Leaving Certificate Examination, 1903
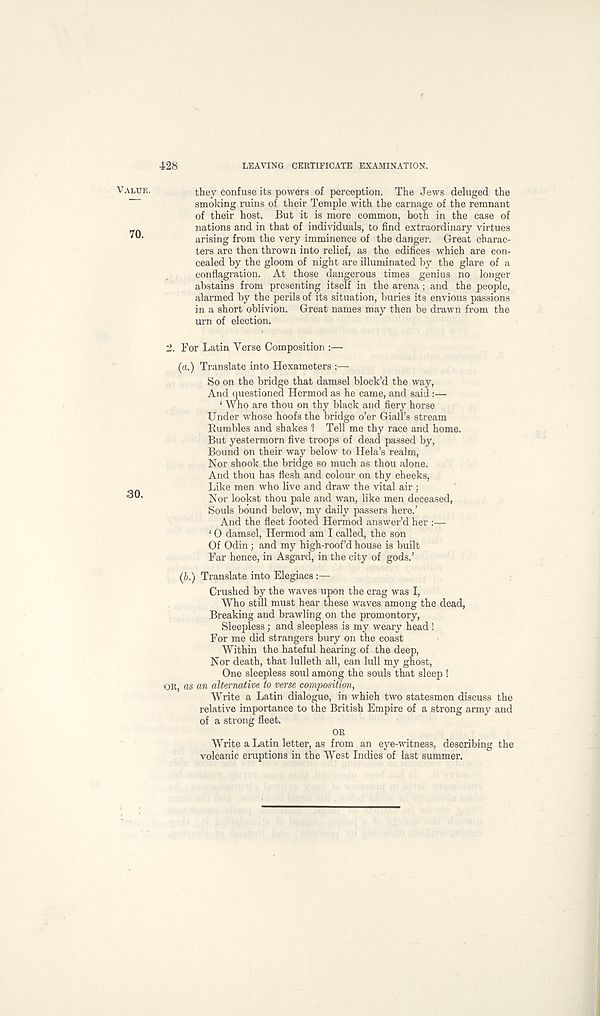
428
LEAVING CERTIFICATE EXAMINATION.
they confuse its powers of perception. The Jews deluged the
smoking ruins of their Temple with the carnage of the remnant
of their host. But it is more common, both in the case of
nations and in that of individuals, to find extraordinary virtues
arising from the very imminence of the danger. Great charac-
ters are then thrown into relief, as the edifices which are con-
cealed by the gloom of night are illuminated by the glare of a
conflagradon. At those dangerous times genius no longer
abstains from presenting itself in the arena ; and the people,
alarmed by the perils of its situation, buries its envious passions
in a short oblivion. Great names may then be drawn from the
urn of election.
2. For Latin Yerse Composition :—
(a.) Translate into Hexameters :—
So on the bridge that damsel block’d the way,
And questioned Hermod as he came, and said:—
‘ Who are thou on thy black and fiery horse
Under whose hoofs the bridge o’er Giall’s stream
Bumbles and shakes 1 Tell me thy race and home.
But yestermorn five troops of dead passed by,
Bound on their way below to Hela’s realm,
Nor shook the bridge so much as thou alone.
And thou has flesh and colour on thy cheeks,
Like men who live and draw the vital air ;
Nor lookst thou pale and wan, like men deceased,
Souls bound below, my daily passers here.’
And the fleet footed Hermod answer’d her :—-
£ 0 damsel, Hermod am I called, the son
Of Odin; and my high-roof’d house is built
Far hence, in Asgard, in the city of gods.’
(b.) Translate into Elegiacs :—
Crushed by the waves upon the crag was I,
Who still must hear these waves among the dead,
Breaking and brawling on the promontory,
Sleepless; and sleepless is my weary head !
For me did strangers bury on the coast
Within the hateful hearing of the deep,
Nor death, that lulleth all, can lull my ghost,
One sleepless soul among the souls that sleep !
OR, as an alternative to verse composition,
Write a Latin dialogue, in which two statesmen discuss the
relative importance to the British Empire of a strong army and
of a strong fleet.
OR
Write a Latin letter, as from an eye-witness, describing the
volcanic eruptions in the West Indies of last summer.